Elephants and their diseases
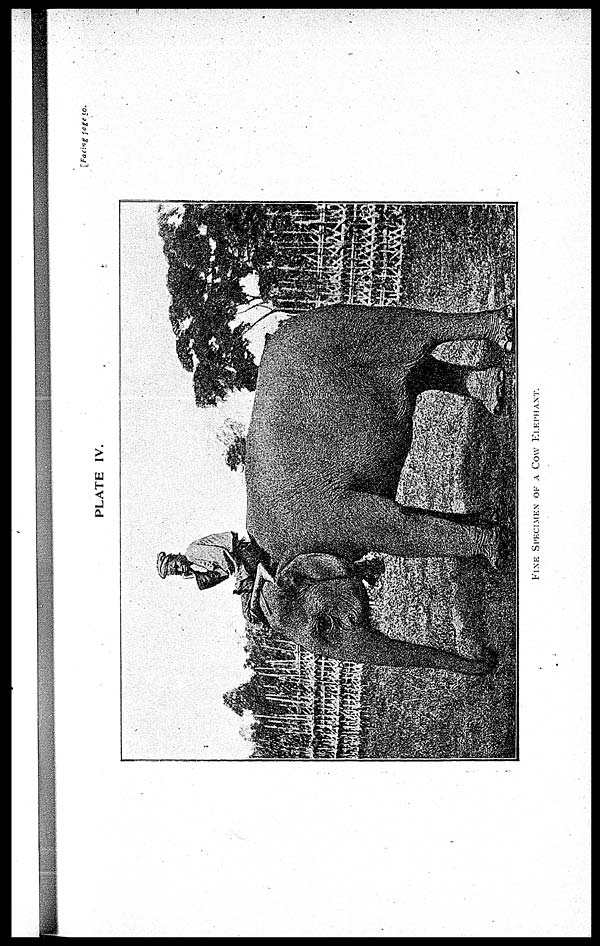
[Facing page 50.
PLATE IV.
FINE SPECIMEN OF A COW ELEPHANT.